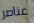
عناصر